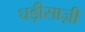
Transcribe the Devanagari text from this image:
घड़ीसाज़ी